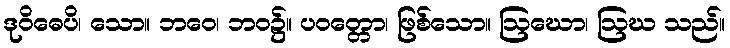
ဒုဝိဓေပိ၊ သော။ ဘဝေ၊ ဘဝ၌။ ပဝတ္တော၊ ဖြစ်သော။ ဩဃော၊ ဩဃ သည်။